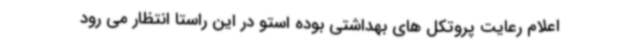
اعلام رعایت پروتکل های بهداشتی بوده استو در این راستا انتظار می رود